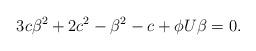
LaTeX: \begin{align*}3c\beta^2+2c^2-\beta^2-c+\phi U\beta=0.\end{align*}